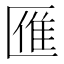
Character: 𠥔